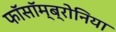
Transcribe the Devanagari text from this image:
फॉसॉम्ब्रोनिया